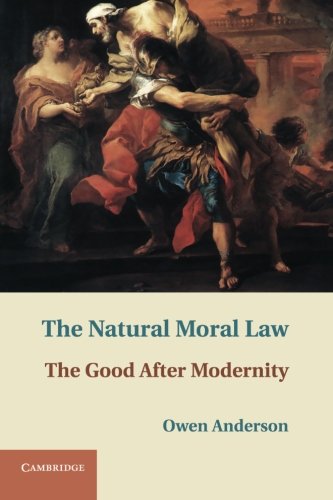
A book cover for The Natural Moral Law: The Good after Modernity; Owen Anderson; Law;